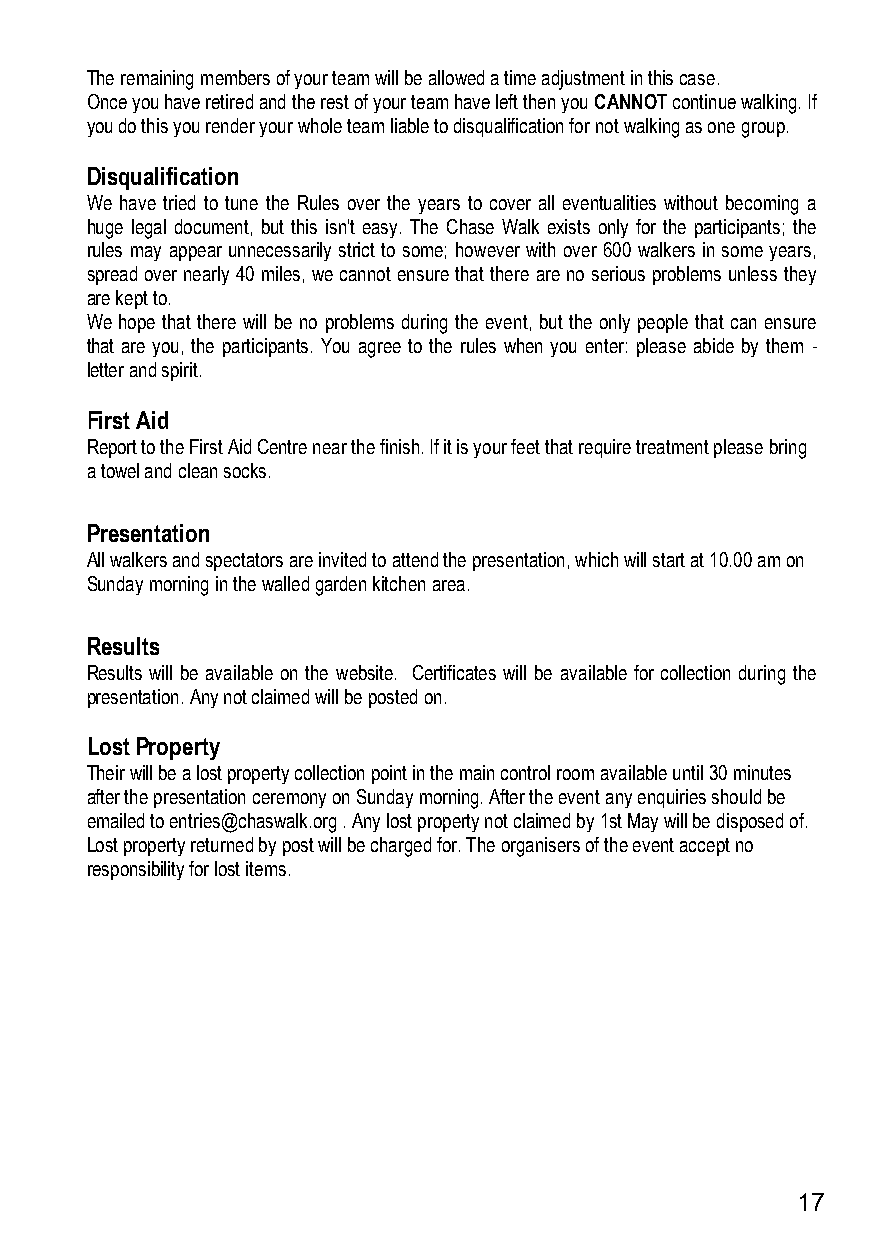
The remaining members of your team will be allowed a time adjustment in this case.
 Once you have retired and the rest of your team have left then you CANNOT continue walking. If
 you do this you render your whole team liable to disqualification for not walking as one group.
 Disqualification
 We have tried to tune the Rules over the years to cover all eventualities without becoming a
 huge legal document, but this isn't easy. The Chase Walk exists only for the participants; the
 rules may appear unnecessarily strict to some; however with over 600 walkers in some years,
 spread over nearly 40 miles, we cannot ensure that there are no serious problems unless they
 are kept to.
 We hope that there will be no problems during the event, but the only people that can ensure
 that are you, the participants. You agree to the rules when you enter: please abide by them -
 letter and spirit.
 First Aid
 Report to the First Aid Centre near the finish. If it is your feet that require treatment please bring
 a towel and clean socks.
 Presentation
 All walkers and spectators are invited to attend the presentation, which will start at 10.00 am on
 Sunday morning in the walled garden kitchen area.
 Results
 Results will be available on the website. Certificates will be available for collection during the
 presentation. Any not claimed will be posted on.
 Lost Property
 Their will be a lost property collection point in the main control room available until 30 minutes
 after the presentation ceremony on Sunday morning. After the event any enquiries should be
 emailed to entries@chaswalk.org . Any lost property not claimed by 1st May will be disposed of.
 Lost property returned by post will be charged for. The organisers of the event accept no
 responsibility for lost items.
 17